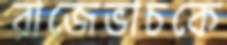
রাজেভাচকে